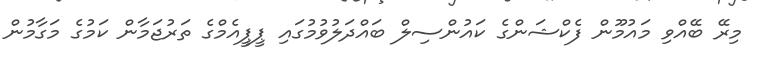
މިރޭ ބޭއްވި މައުމޫން ފެކްޝަންގެ ކައުންސިލް ބައްދަލުވުމުގައި ޕީޕީއެމްގެ ތަރުޖަމާން ކަމުގެ މަގާމުން